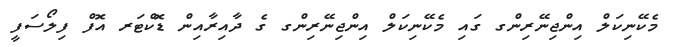
މެކޭނިކަލް އިންޖިނޭރިންގ ގައި މެކޭނިކަލް އިންޖިނޭރިންގ ގެ ދާއިރާއިން ޑޮކްޓަރ އޮފް ފިލޯސަފީ